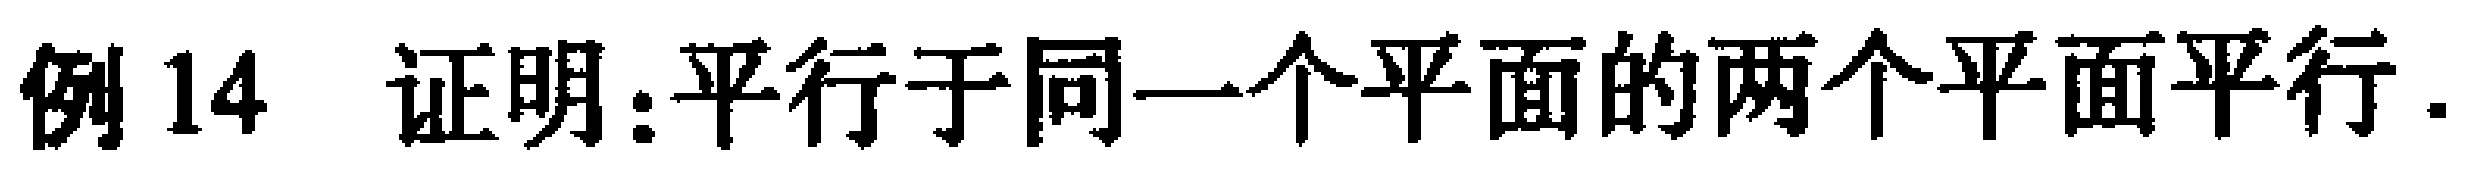
例 14 证明：平行于同一个平面的两个平面平行.